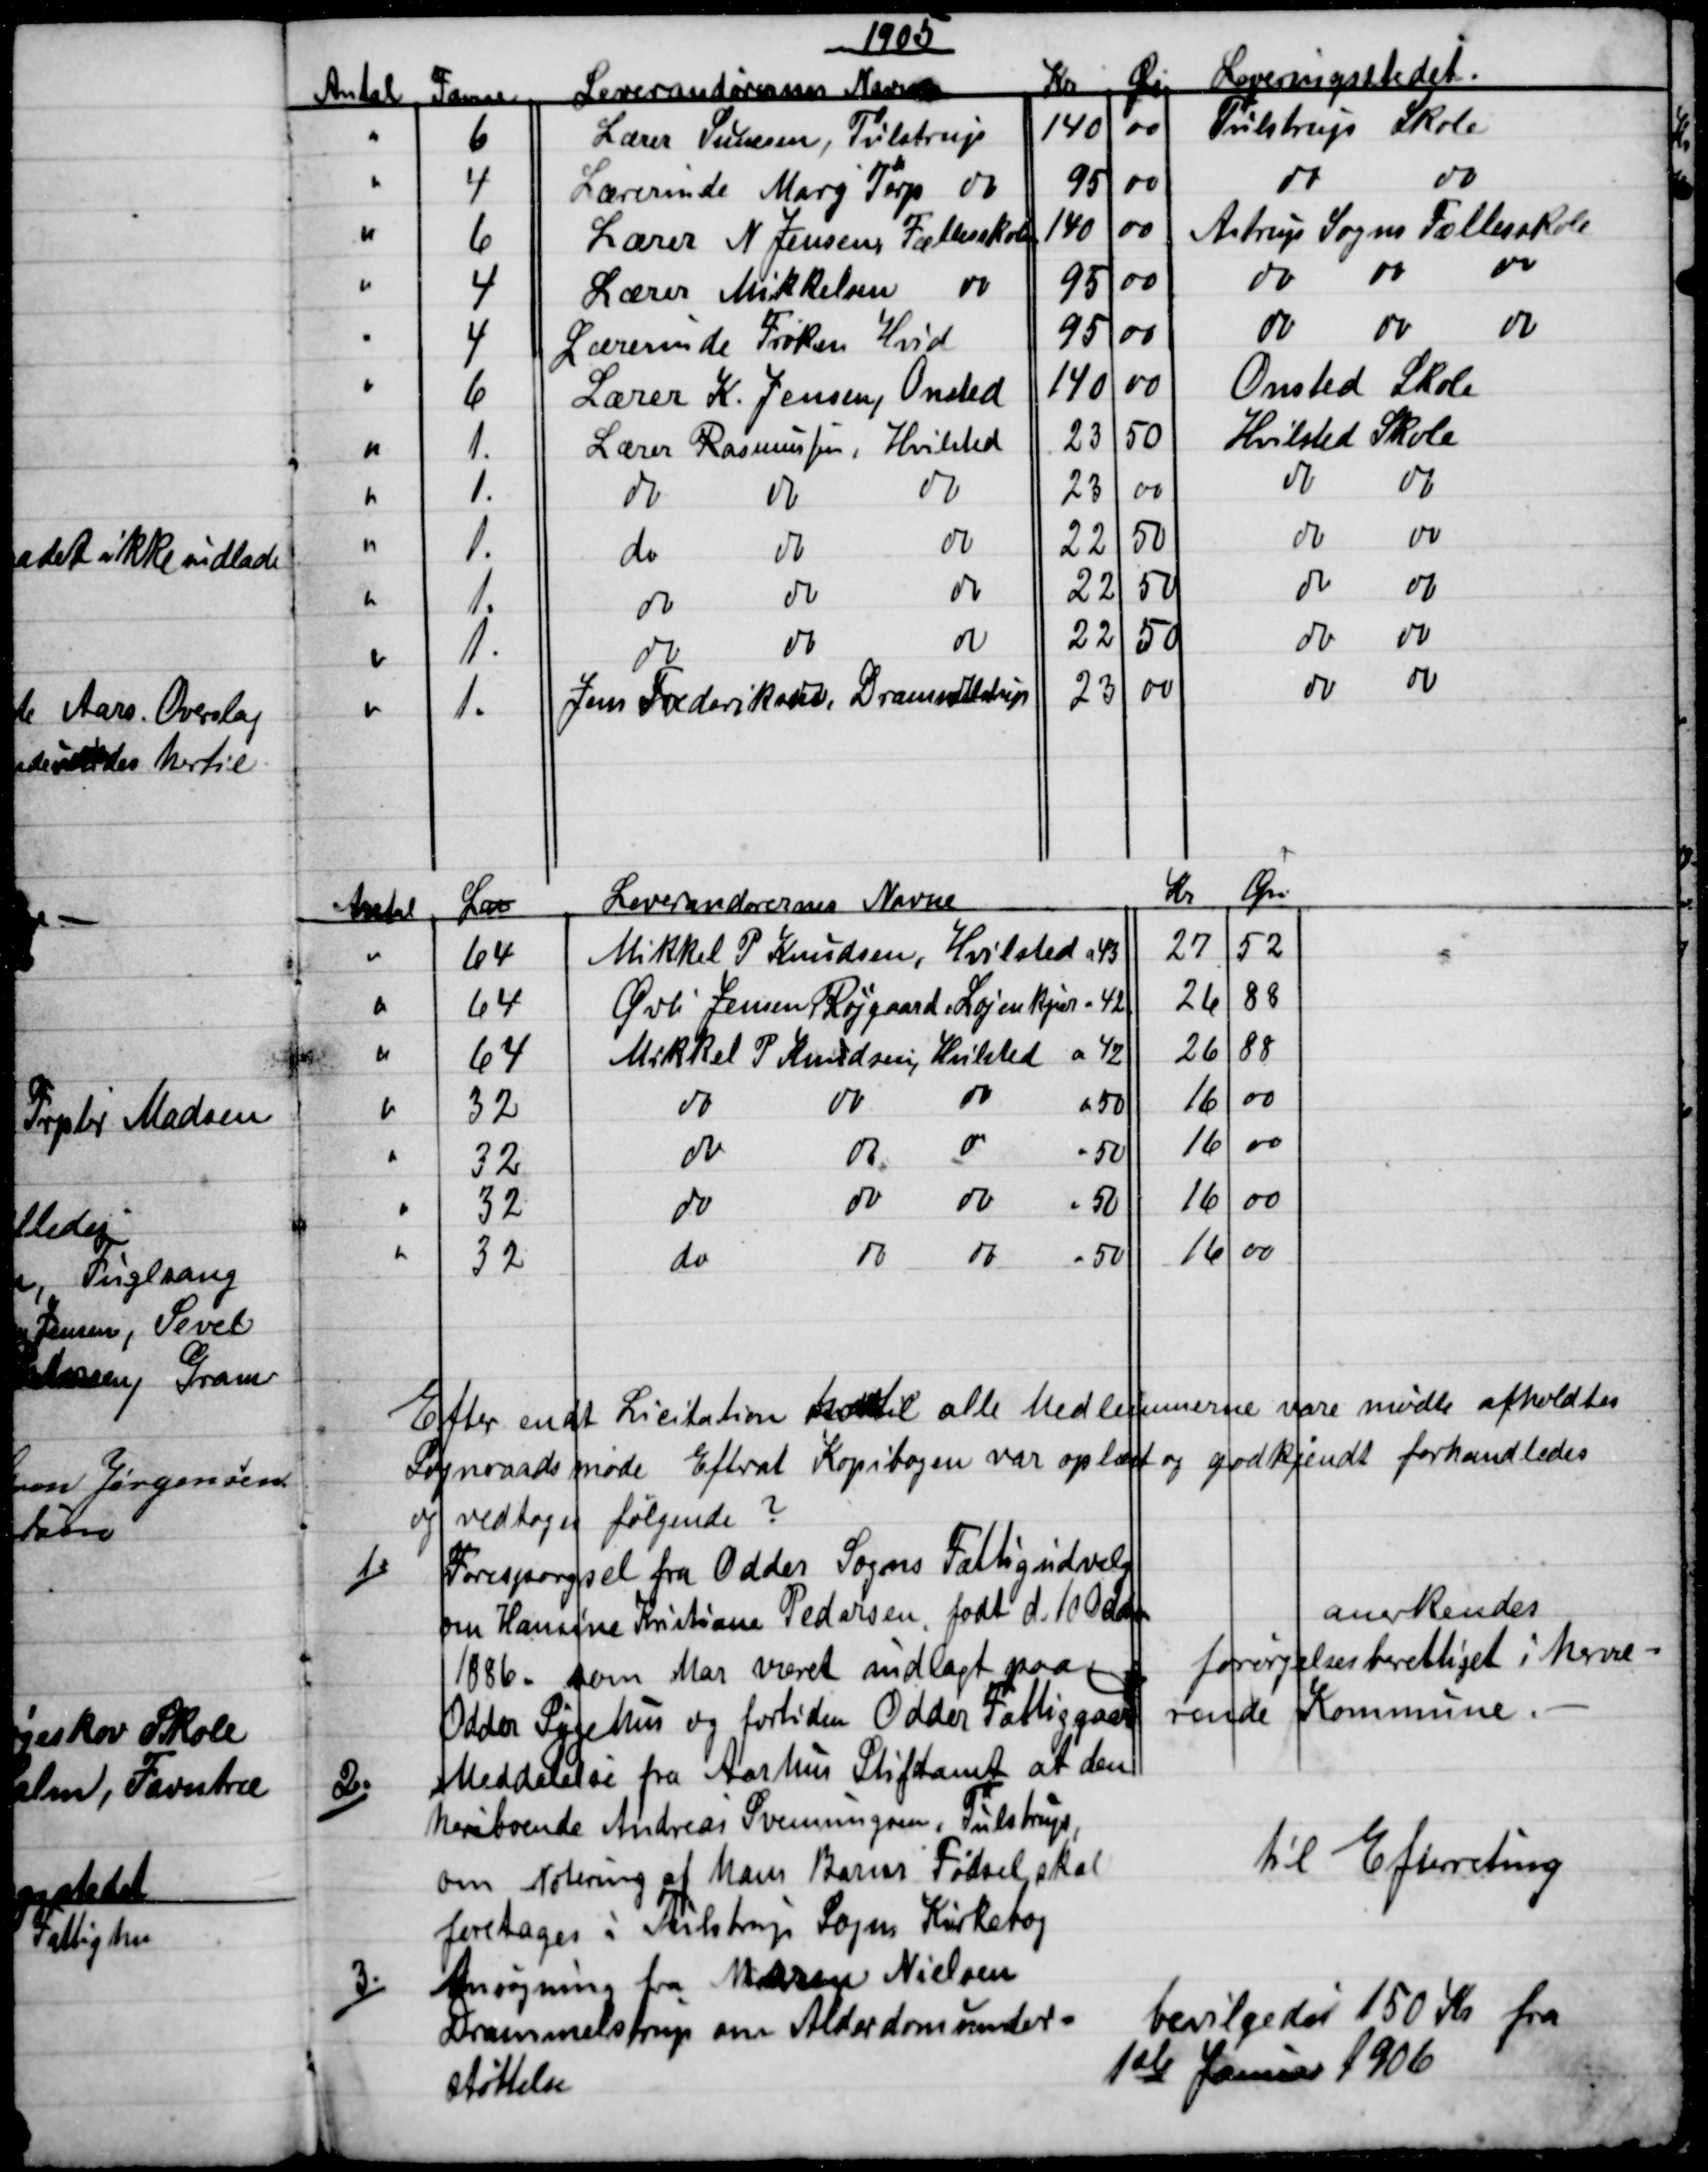
Transskription:
1905
Antal 
Favne
Leverandørernes Navne
Kr
Øre 
Leveringsstedet.
6
Lærer Sunesen, Tulstrup
140
00
Tulstrup Skole
4
Lærerinde Marg Terp do
95
00
do
do
6
Lærer N. Jensen, Fællesskole
140
00
Astrup Sogns Fællesskole
4
Lærer Mikkelsen 
do
95
00
do 
do 
do
4
Lærerinde Frøken Hvid
95
00
do 
do 
do
6
Lærer K. Jensen, Onsted
140
00
Onsted Skole
1.
Lærer Rasmussen, Hvilsted
23
50
Hvilsted Skole
1.
do
do
do
23
00
do
do
1.
do
do
do
22
50
do
do
1.
do
do
do
22
50
do
do
1.
do
do
do
22
50
do
do
1.
Jens Frederiksen, Drammeldrup
23
00
do
do
Antal
L℔
Leverandørernes Navne
Kr
Øre
64
Mikkel P Knudsen, Hvilsted a 43
27
52
64
Øvli Jensen Højgaard Løjenkjær - 42
26
88
64
Mikkel P Knudsen, Hvilsted a 42
26
88
32
do
do
do
a 50
16
00
32
do
do
do
50
16
00
32
do
do 
do 
50
16
00
32
do
do 
do 
50
16
00
Etter endt Licitation hvotil alle Medlemmerne vare mødte afholdtes
Sogneraadsmøde Efterat Kopibogen var oplæst og godkjendt forhandledes
og vedtoges følgende?
1.)
Forespørgsel fra Odder Sogns Fattigudvalg
om Hansine Kristiane Pedersen, født d. 10 October
1886. som har været indlagt paa
Odder Sygehus og fortiden Odder Fattiggaard
anerkendes
forsørgeslsesberettiget i hervæ-
rende Kommune.
2.)
Meddelelse fra Aarhus Stiftamt at den                       
heriboende Andreas Svenningsen, Tulstrup,
om Notering af hans Barns Fødsel skal 
foretages i Tulstrup Sogns Kirkebog
til Efterretning
3.)
Ansøgning fra Maren Nielsen
Drammelstrup om Alderdomsunder=
støttelse
bevilgedes 150 Kr fra
1ste Januar 1906